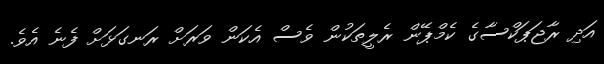
އަދި ރާޖަޕަކްސާގެ ކެމްޕޭން ރެލީތަކުން ވެސް އެކަން ވަރަށް ރަނގަޅަށް ފެނެ އެވެ.